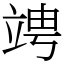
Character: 𥪁